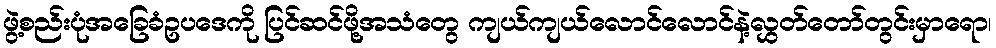
ဖွဲ့စည်းပုံအခြေခံဥပဒေကို ပြင်ဆင်ဖို့အသံတွေ ကျယ်ကျယ်လောင်လောင်နဲ့လွှတ်တော်တွင်းမှာရော၊